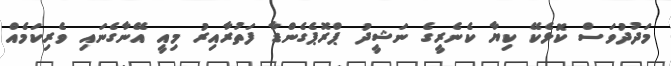
މަދުދުވަސް ކޮޅެކޭ ކިޔާ ކެނެރީގެ ނަޝީދު ޕްރޮޕެގެންޑާ ފަތުރާއިރު މިއީ އޭނާގެނައި ވެރިކަމެއް